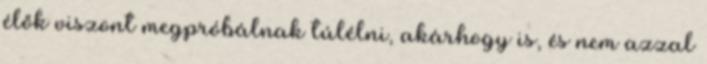
élők viszont megpróbálnak túlélni, akárhogy is, és nem azzal